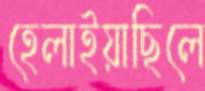
হেলাইয়াছিলে